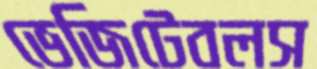
ভেজিটেবলস